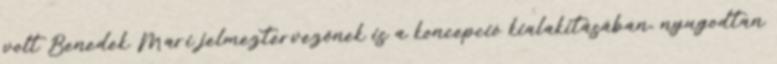
volt Benedek Mari jelmeztervezőnek is a koncepció kialakításában, nyugodtan